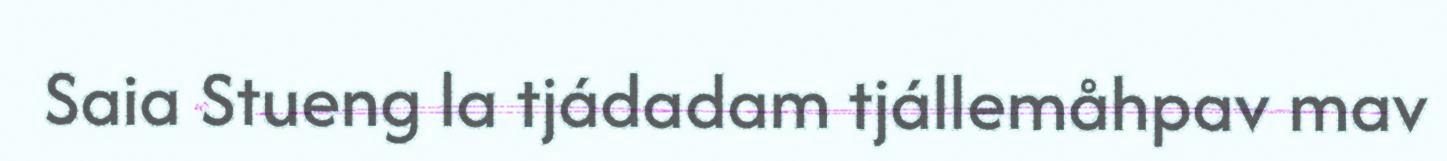
Saia Stueng la tjádadam tjállemåhpav mav